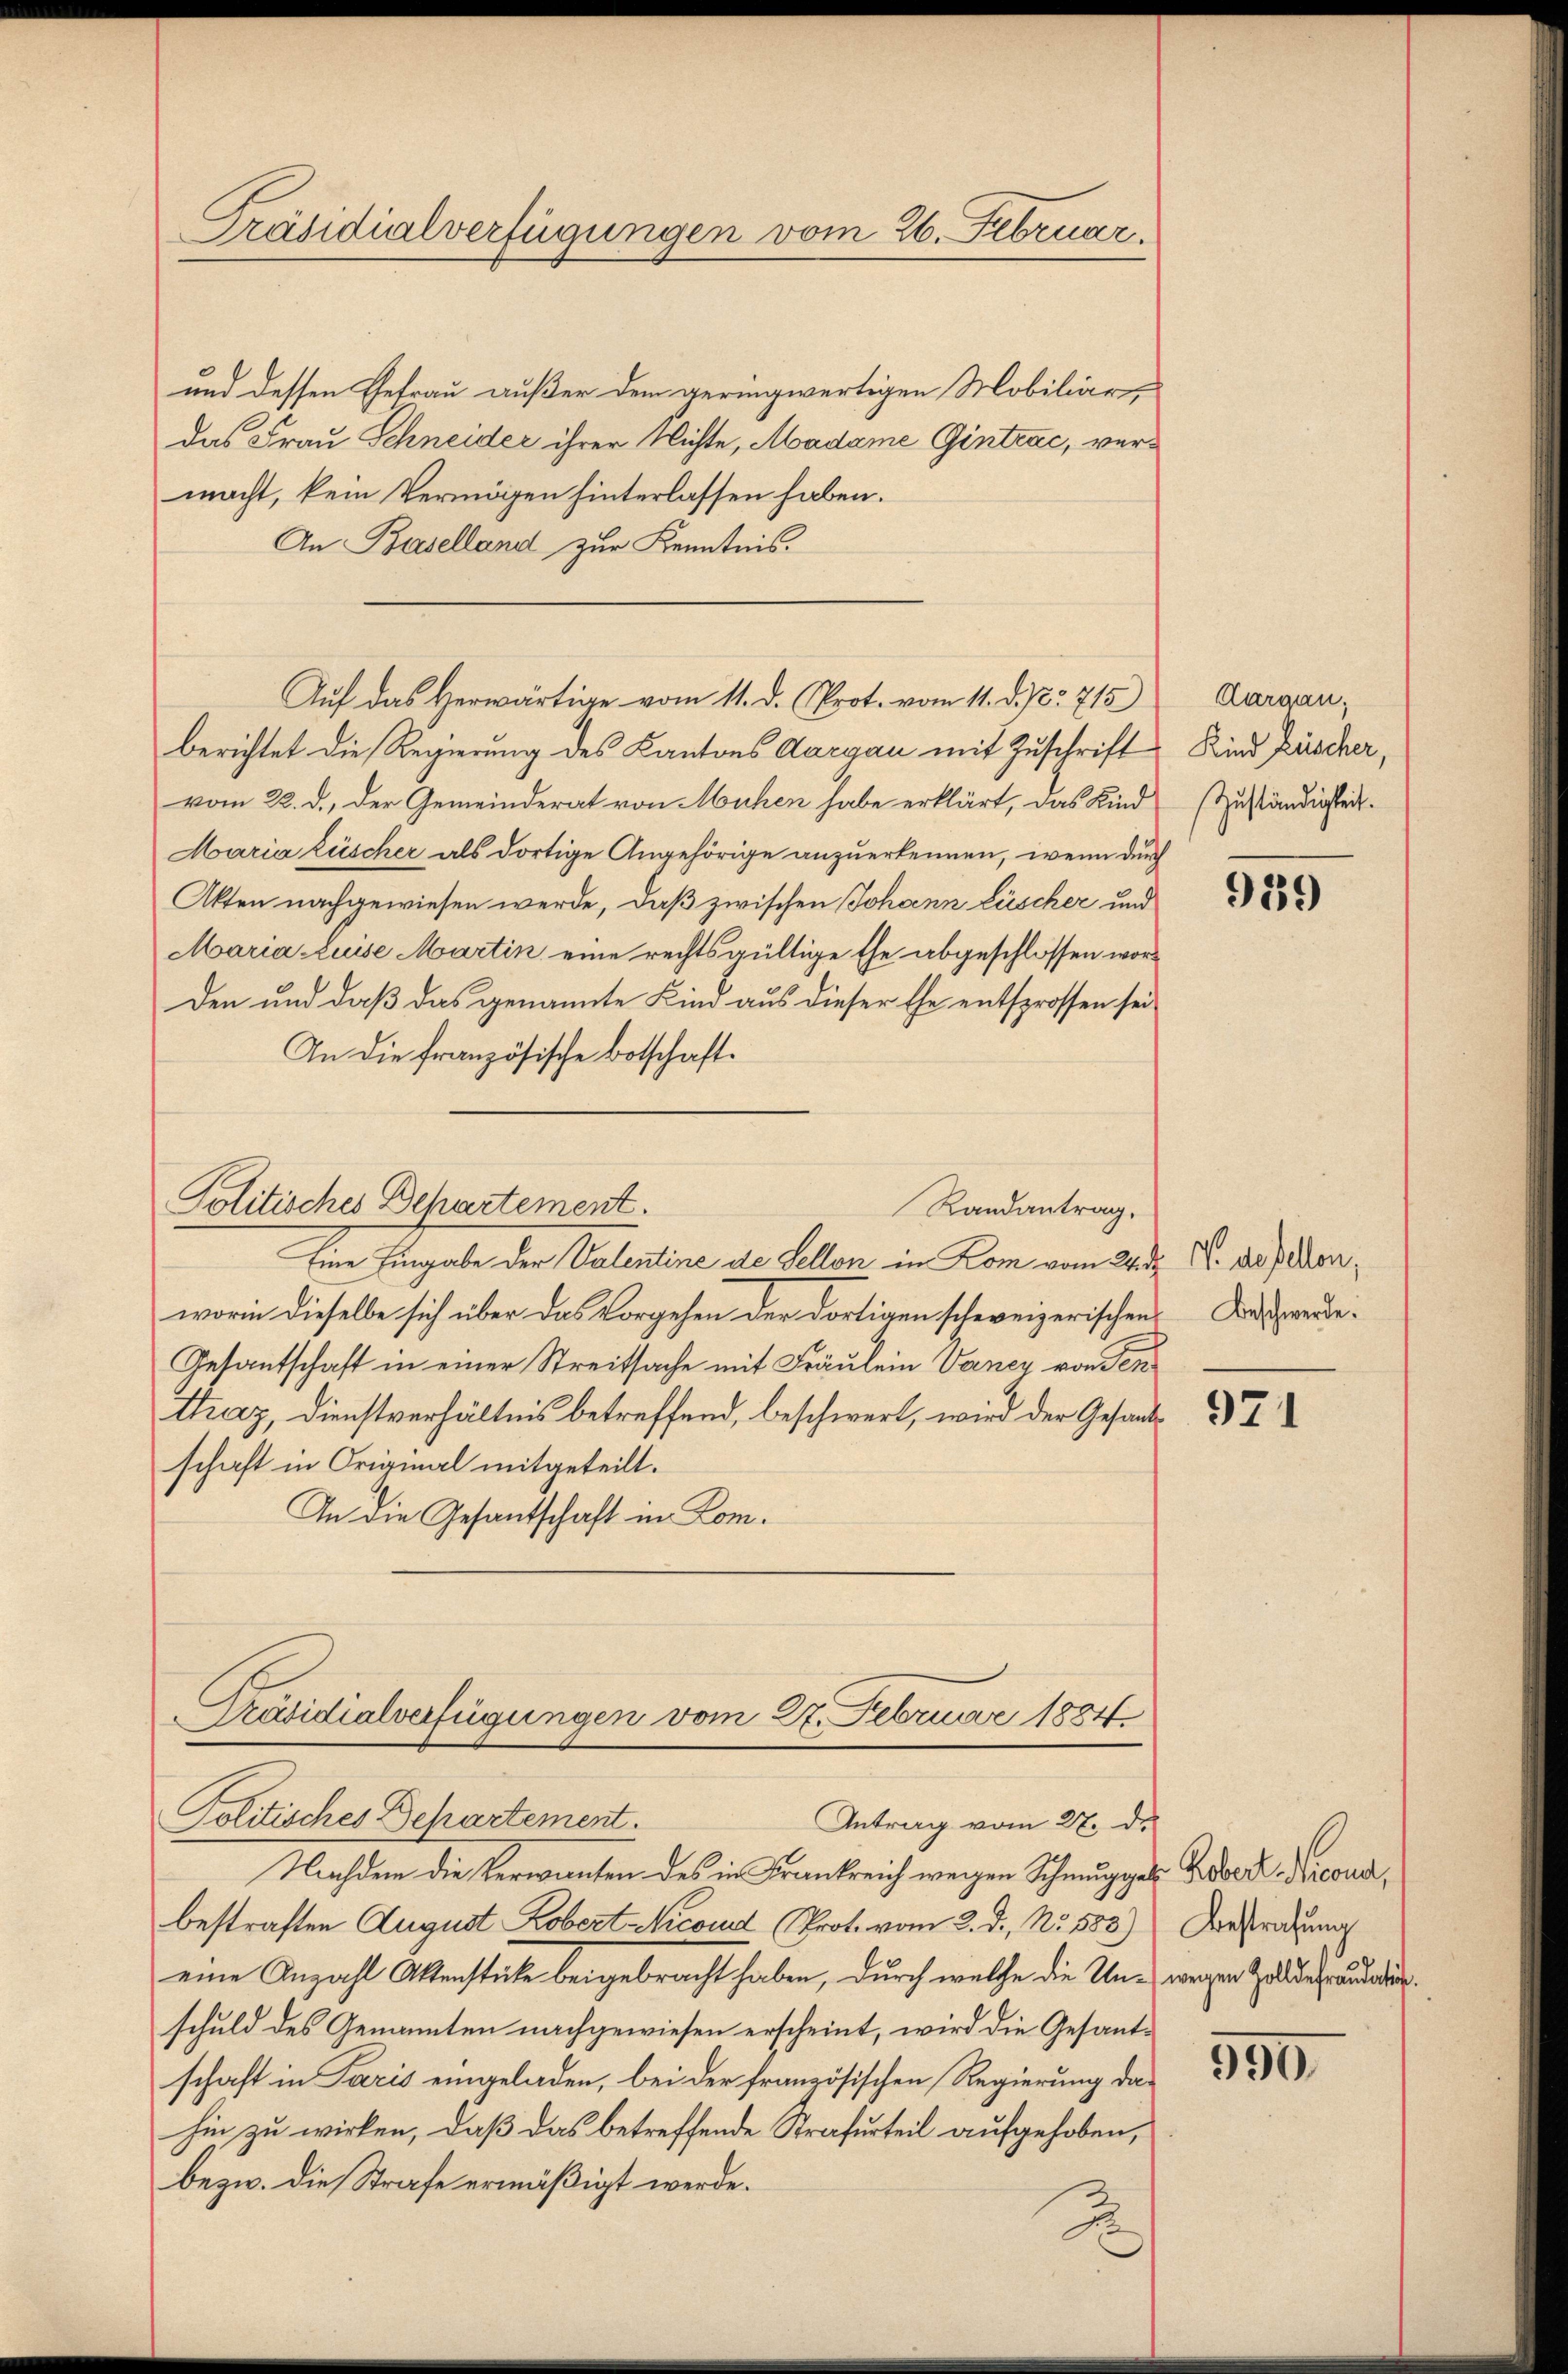
Präsidialverfügungen vom 26. Februar.

und dessen Ehefrau außer dem geringwertigen Mobiliardas Frau Schneider ihrer Nichte, Madame Gintrac, vermacht, kein Vermögen hinterlassen haben.
An Baselland zur Kenntnis.
berichtet die Regierung des Kantons Aargau mit Zuschrift
vom 22. d., der Gemeinderat von Mühen habe erklärt, das Kind
Maria Lüscher als dortige Angehörige anzuerkennen, wenn durch
Akten nachgewiesen werde, daß zwischen Johann Lüscher und
Maria Luise Martin eine rechtsgültige Ehe abgeschlossen worden und daß das genannte Kind aus dieser Ehe entsprossen sei
In die französische Botschaft.
Politisches Behartement.
Randantrag.
Eine Eingabe der Valentine de Sellon in Kom vom 24. d. M. da sonworin dieselbe sich über das Vorgehen der dortigen schweizerischen Des werde¬
Gesantschaft in einer Streitsache mit Fräulein Vener von Sen
tház, Dienstverhältnis betreffend, beschwert, wird der Gesandschaft in Original mitgeteilt.
An die Gesantschaft in Kom¬

Auf das Herwärtige vom 11. d. Prot. vom 11. d. J. 1715)

Präsidialverfügungen vom 27. Februar 1884
Politisches Departement.
Antrag vom 27. de

Nachdem die Verwinten des in Frankreich wegen Schmugger Rober Dirconi,
bestraften August Kobert Nicoud (Prot. vom 2. d. No. 583.)
eine Anzahl Aktenstücke beigebracht haben, durch welche die Un- wegen Zolldefrauderschuld des Genannten nachgewiesen erscheint, wird die Gesantschaft in Paris eingeladen, bei der französischen Regierung dahin zu wirken, daß das betreffende Strafurteil aufgehoben,
bezw. die Strafe ermäßigt werde.

Aargau;
Kind Rüscher,
Zuständigkeit.

939

971

Bestrafung

550